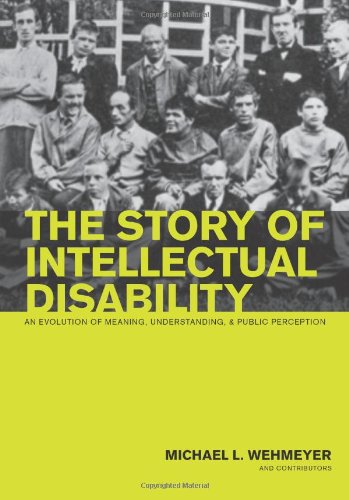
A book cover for The Story of Intellectual Disability: An Evolution of Meaning, Understanding, and Public Perception; Medical Books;